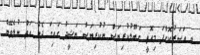
ވ އަސަރުކޮށްފަ މިއޮތީ ގަބޫލުކުރިޔަސް ނުކުރިޔަސް ނަޝީދު ގައިގަ ދެން އަތް ނުލެވޭނެ